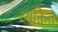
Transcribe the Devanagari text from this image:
व्यक्तित